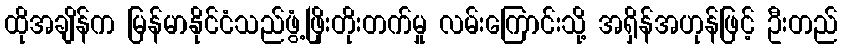
ထိုအချိန်က မြန်မာနိုင်ငံသည်ဖွံ့ဖြိုးတိုးတက်မှု လမ်းကြောင်းသို့ အရှိန်အဟုန်ဖြင့် ဦးတည်